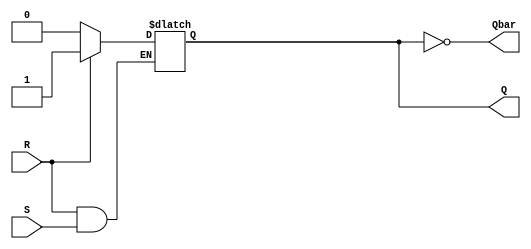
module SR_FF(input S, R, 
             output reg Q, Qbar);

always @(S, R)
    begin
        if (S == 0)
            Q <= 1;
        
        if (R == 0)
            Q <= 0;
        
        Qbar <= ~Q;
    end
    
endmodule